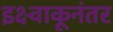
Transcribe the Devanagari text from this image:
इक्ष्वाकूनंतर